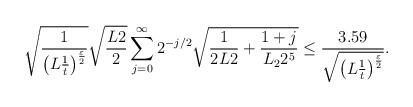
LaTeX: \begin{align*}\sqrt{\frac{1}{\left( L\frac{1}{t}\right) ^{\frac{\varepsilon }{2}}}}\sqrt{\frac{L2}{2}}\sum_{j=0}^{\infty }2^{-j/2}\sqrt{\frac{1}{2L2}+\frac{1+j}{L_{2}2^{5}}}\leq \frac{3.59}{\sqrt{\left( L\frac{1}{t}\right) ^{\frac{\varepsilon }{2}}}}. \end{align*}